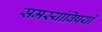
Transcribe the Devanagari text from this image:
समस्यांविषयी